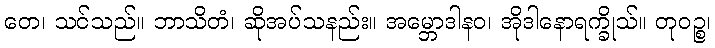
တေ၊ သင်သည်။ ဘာသိတံ၊ ဆိုအပ်သနည်း။ အမ္ဘောဒါနဝ၊ အိုဒါနောရက္ခိုသ်။ တုဝဉ္စ၊